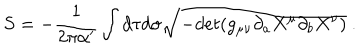
S = - { \frac { 1 } { 2 \pi \alpha ^ { \prime } } } \int d \tau d \sigma \sqrt { - d e t ( g _ { \mu \nu } \partial _ { a } X ^ { \mu } \partial _ { b } X ^ { \nu } ) } \ .